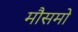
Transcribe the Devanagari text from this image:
मौसमो